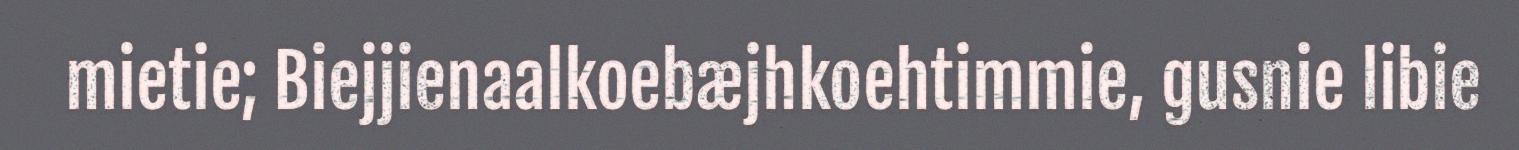
mietie; Biejjienaalkoebæjhkoehtimmie, gusnie libie